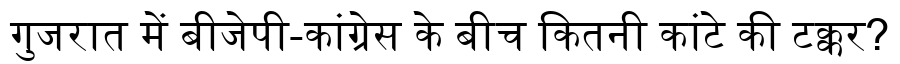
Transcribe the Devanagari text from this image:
गुजरात में बीजेपी-कांग्रेस के बीच कितनी कांटे की टक्कर?